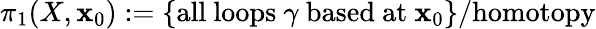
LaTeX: \pi_{1}(X,\mathbf{x}_{0}):=\{ {\mathrm{{all~loops~}}}\gamma{\mathrm{{~based~at~}}}\mathbf{x}_{0}\} /{\mathrm{{homotopy}}}